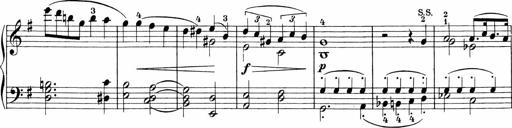
Title: 3 Sonatinas
Composer: Carl Reinecke